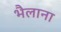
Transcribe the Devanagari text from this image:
भैलाना